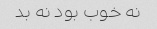
نه خوب بود نه بد